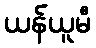
ယန်ယူမီ